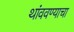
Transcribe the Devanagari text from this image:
थांववण्याचा